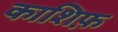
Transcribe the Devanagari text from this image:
काशिफ़